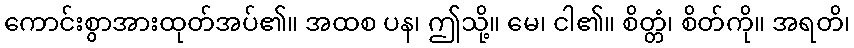
ကောင်းစွာအားထုတ်အပ်၏။ အထစ ပန၊ ဤသို့။ မေ၊ ငါ၏။ စိတ္တံ၊ စိတ်ကို။ အရတိ၊